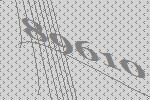
89610